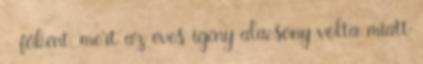
- főként, mert az éves igény alacsony volta miatt